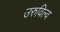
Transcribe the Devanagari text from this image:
उरुविल्व